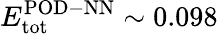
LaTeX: E_{\mathrm{tot}}^{\mathrm{POD-NN}}\sim 0.098